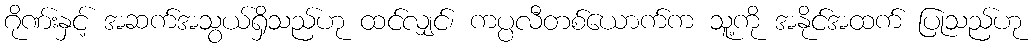
ဂိုဏ်းနှင့် အဆက်အသွယ်ရှိသည်ဟု ထင်လျှင်၊ ကပ္ပလီတစ်ယောက်က သူ့ကို အနိုင်အထက် ပြုသည်ဟု